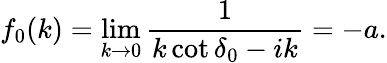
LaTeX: f_{0}(k)=\operatorname*{lim}_{k\to 0}\frac{1}{k\cot\delta_{0}-ik}=-a.